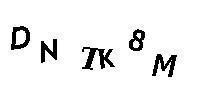
DNTK8M